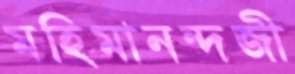
মহিমানন্দজী